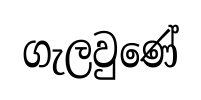
ගැලවුණේ